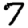
Digit: 7